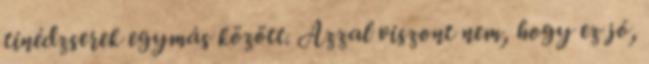
tinédzserek egymás között. Azzal viszont nem, hogy ez jó,